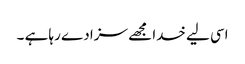
اسی لیے خدا مجھے سزا دے رہا ہے ۔